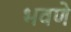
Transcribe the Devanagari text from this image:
भवणे